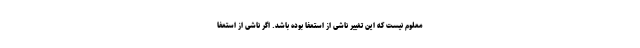
معلوم نیست که این تغییر ناشی از استعفا بوده باشد. اگر ناشی از استعفا